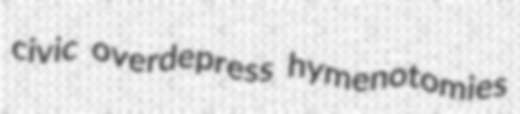
civic overdepress hymenotomies